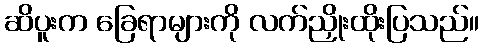
ဆိပူးက ခြေရာများကို လက်ညှိုးထိုးပြသည်။